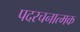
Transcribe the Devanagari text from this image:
पदरचनात्मक